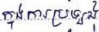
ក្នុងការប្រឡង